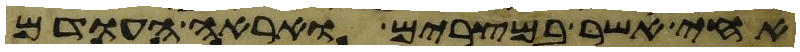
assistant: אחי אשר במצרים ואראה העודם